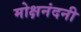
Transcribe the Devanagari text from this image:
मोक्षनंदनी